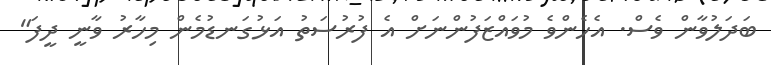
ބަދަލުވާން ވެސް. އެހެންވެ މުވައްޒަފުންނަށް އެ ފުރުސަތު އަޅުގަނޑުމެން މިހާރު ވާނީ ދީފަ"